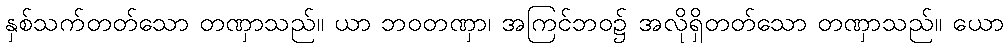
နှစ်သက်တတ်သော တဏှာသည်။ ယာ ဘဝတဏှာ၊ အကြင်ဘဝ၌ အလိုရှိတတ်သော တဏှာသည်။ ယော